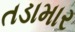
તડામાર